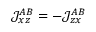
\mathcal { J } _ { x z } ^ { A B } = - \mathcal { J } _ { z x } ^ { A B }